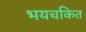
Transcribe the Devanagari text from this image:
भयचकित